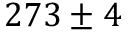
{ 2 7 3 \pm 4 }